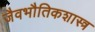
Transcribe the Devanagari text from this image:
जैवभौतिकशास्त्र